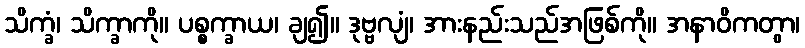
သိက္ခံ၊ သိက္ခာကို။ ပစ္စက္ခာယ၊ ချ၍။ ဒုဗ္ဗလျံ၊ အားနည်းသည်အဖြစ်ကို။ အနာဝိကတွာ၊